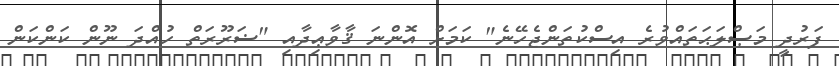
ފަރުދީ މަޞްލަޙަތައްވުރެ އިސްކުތަންޖެހޭނެ" ކަމަށް އޮންނަ ޤާވާޢިދާއި "ޟަރޫރަތް ހުއްދަ ނޫން ކަންކަން